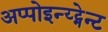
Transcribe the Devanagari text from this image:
अप्पोइन्य्ट्मेन्ट